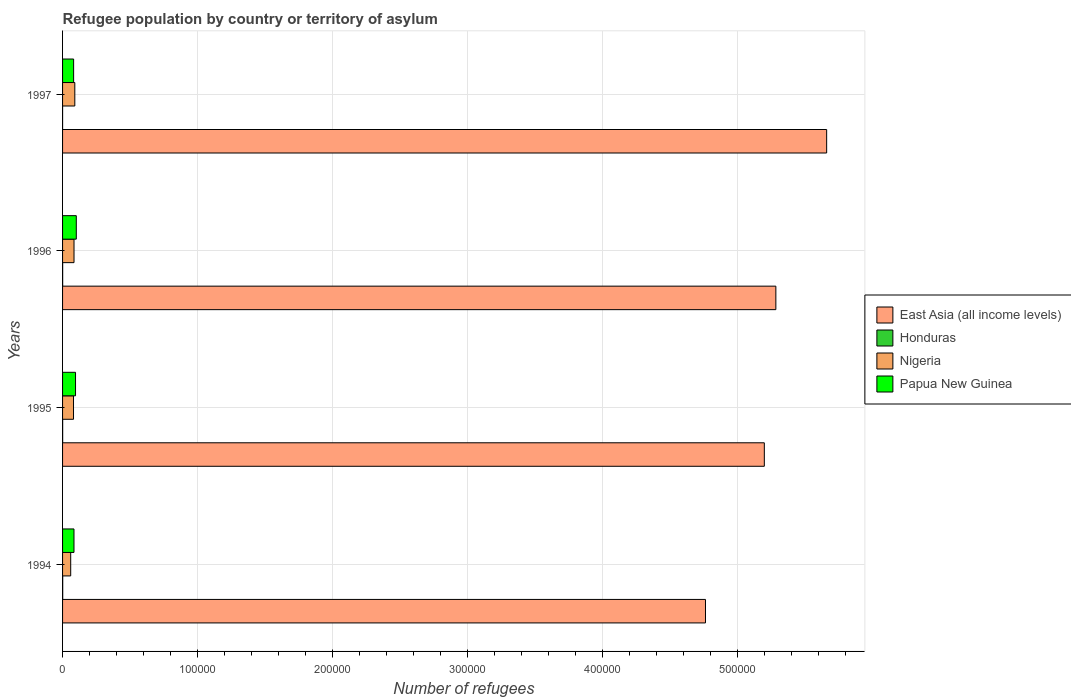
| Years | East Asia (all income levels) | Honduras | Nigeria | Papua New Guinea |
 | --- | --- | --- | --- | --- |
 | 1994 | 4.76e+05 | 104 | 6.03e+03 | 8.46e+03 |
 | 1995 | 5.2e+05 | 63 | 8.12e+03 | 9.6e+03 |
 | 1996 | 5.28e+05 | 63 | 8.49e+03 | 1.02e+04 |
 | 1997 | 5.66e+05 | 9 | 9.07e+03 | 8.2e+03 |